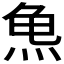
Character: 𱍆